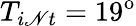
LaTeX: T_{i\mathscr{N}t}=19^{\mathrm{{o}}}